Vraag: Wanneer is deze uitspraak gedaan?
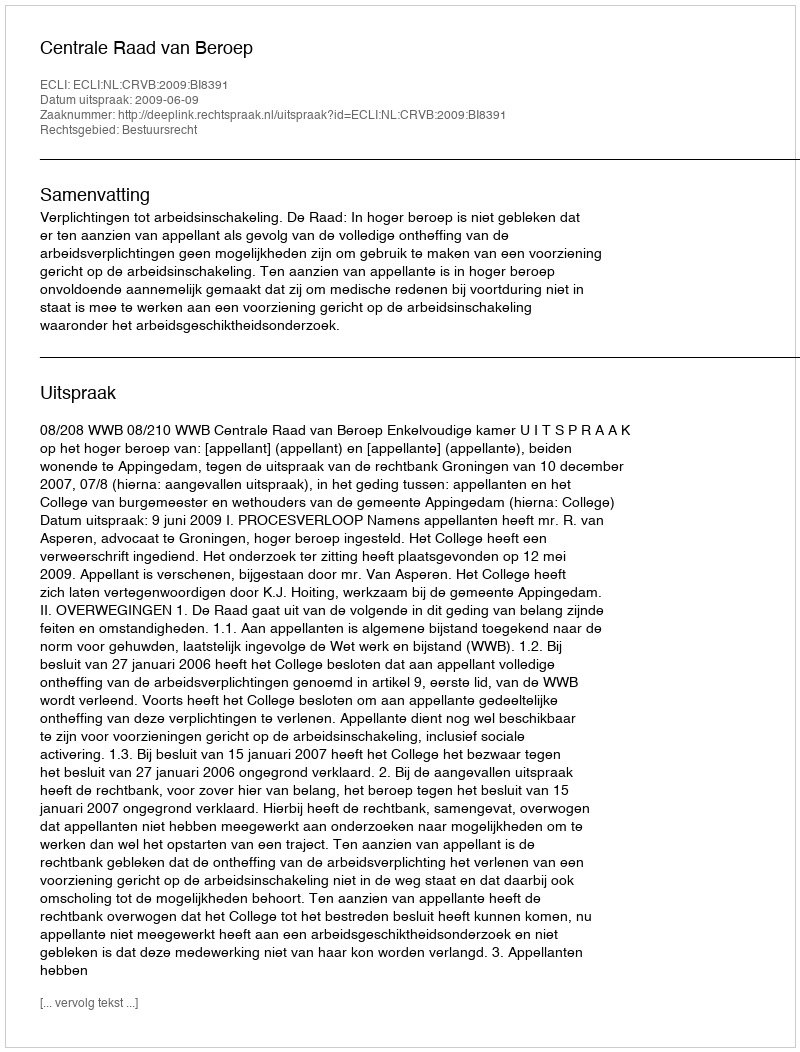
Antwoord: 2009-06-09